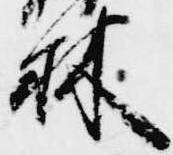
林